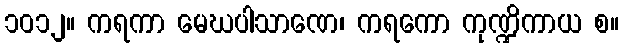
၁၀၁၂။ ကရကာ မေဃပါသာဏေ၊ ကရကော ကုဏ္ဍိကာယ စ။